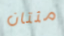
مئتان